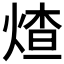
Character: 𬊩